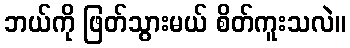
ဘယ်ကို ဖြတ်သွားမယ် စိတ်ကူးသလဲ။